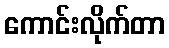
ကောင်းလိုက်တာ